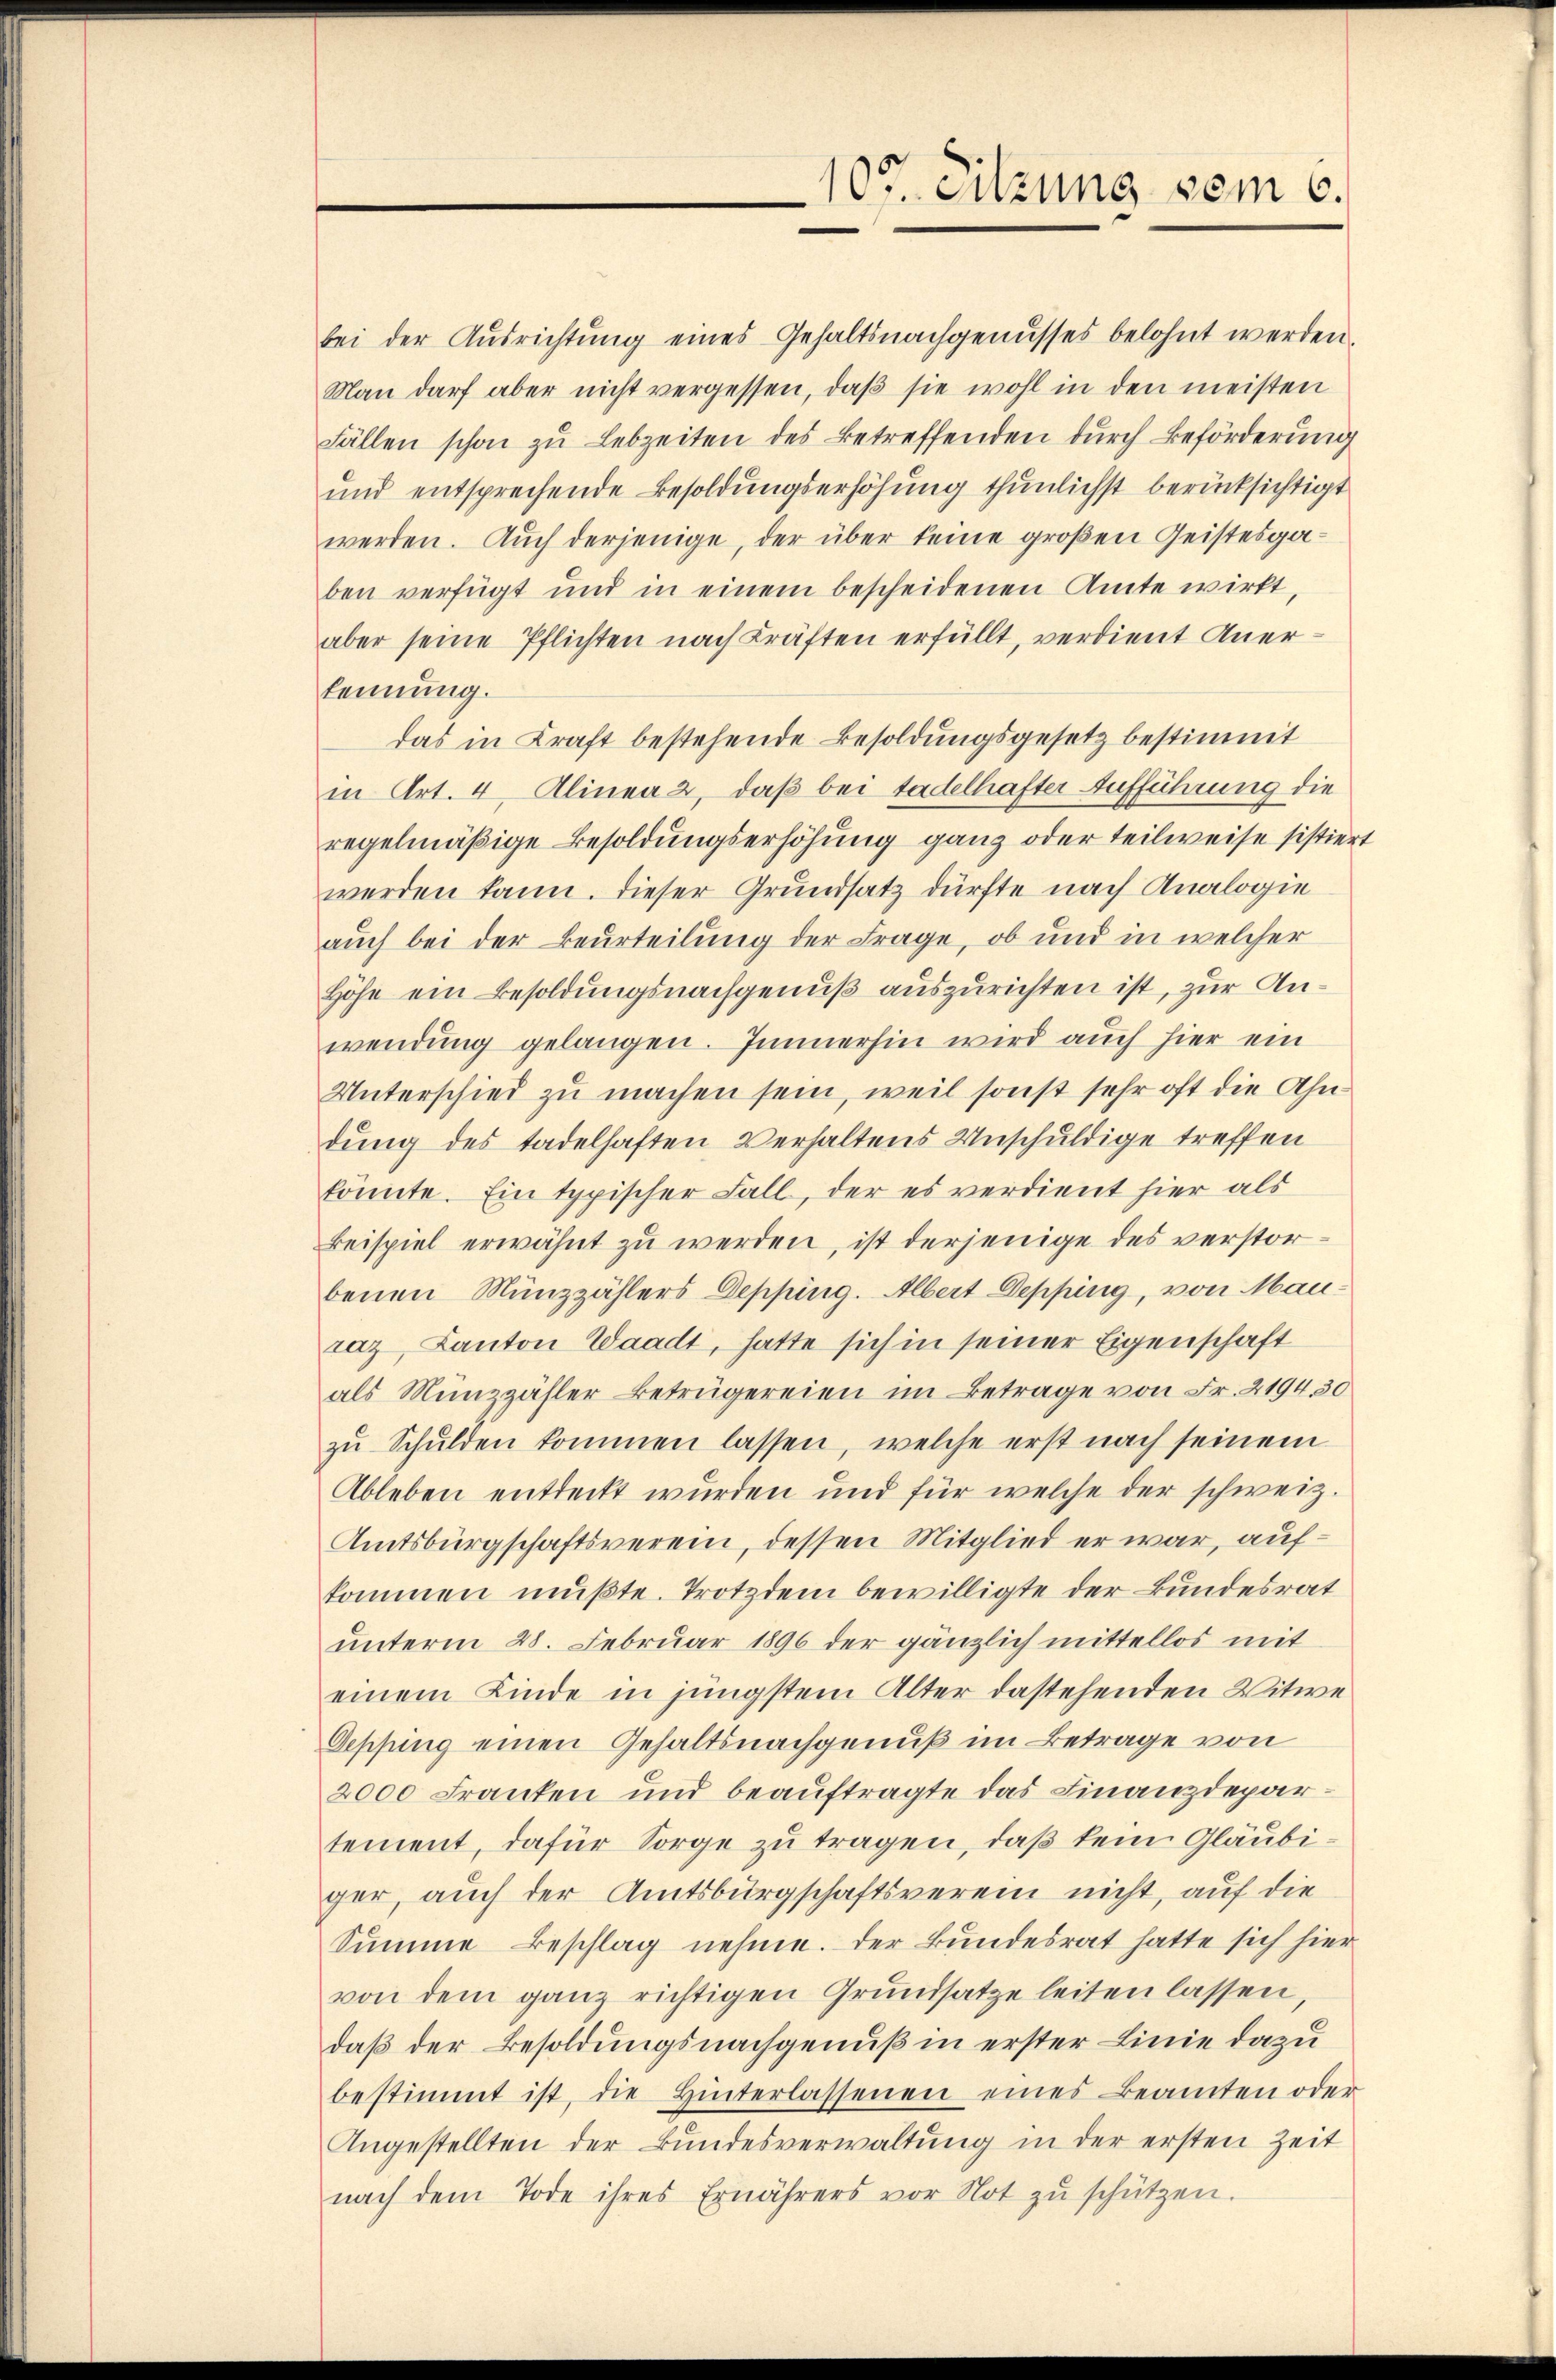
bei der Ausrichtung eines Gehaltsnachgenusses belohnt werden,
Man darf aber nicht vergessen, daß sie wohl in den meisten
Fällen schon zŭ Lebzeiten des Betreffenden durch Beförderung
und entsprechende Besoldungserhöhung thunlichst berücksichtigt
werden. Auch derjenige, der über keine großen Geistesgaben verfügt und in einem bescheidenen Amte wirkt,
aber seine Pflichten nach Kräften erfüllt, verdient Anerkennung.
das in Kraft bestehende Besoldungsgesetz bestimmt
in Art. 4, Alinea 2, daß bei tadelhafter Aufführung die
regelmäßige Besoldungserhöhung ganz oder teilweise sistiert
werden kann. Dieser Grundsatz dürfte nach Analogie
auch bei der Beurteilung der Frage, ob und in welcher
Höhe ein Besoldungsnachgenuß auszurichten ist, zur Anwendung gelangen. Immerhin wird auch hier ein
Unterschied zu machen sein, weil sonst sehr oft die Ahndung des tadelhaften Verhaltens Unschuldige treffen
könnte. Ein typischer Fall, der es verdient hier als
Beispiel erwähnt zu werden, ist derjenige des verstorbenen Münzzählers Depping. Albert Depping, von Mauraz, Kanton Waadt, hatte sich in seiner Eigenschaft
als Münzzähler Betrügereien im Betrage von Fr. 2194. 30
zŭ Schŭlden kommen lassen, welche erst nach seinem
Ableben entdeckt wurden und für welche der schweiz.
Amtsbürgschaftsverein, dessen Mitglied er war, aufkommen müßte. Trotzdem bewilligte der Bundesrat
unterm 28. Februar 1896 der gänzlich mittellos mit
einem Kinde in jüngstem Alter dastehenden Witwe
Depping einen Gehaltsnachgenuß im Betrage von
2000 Franken und beauftragte das Finanzdepartement, dafür Sorge zu tragen, daß kein Gläubiger, auch der Amtsbürgschaftsverein nicht, auf die
Summe Beschlag nehme. Der Bundesrat hatte sich hier
von dem ganz richtigen Grundsatze leiten lassen,
daß der Besoldungsnachgenuß in erster Linie dazu
bestimmt ist, die Hinterlassenen eines Beamten oder
Angestellten der Bundesverwaltung in der ersten Zeit
nach dem Tode ihres Ernährers vor Not zŭ schützen.

107. Sitzung vom 6.